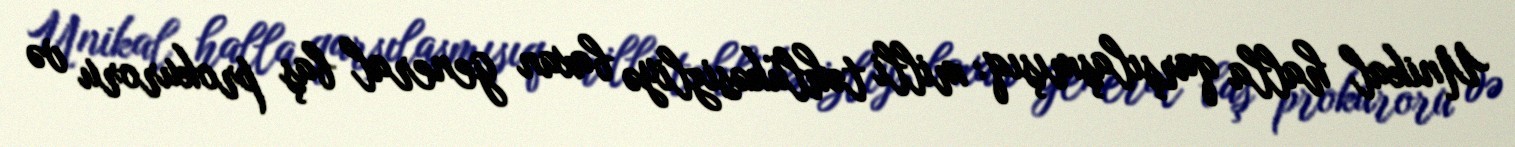
Unikal halla qarşılaşmışıq: milli təhlükəsizliyə baxan general baş prokuroru və